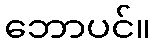
ဘောပင်။